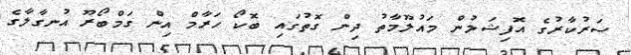
ސަރުކާރުގެ އޮފިޝަލުން މައުލޫމާތު ދިން ގޮތުގައި ބޮކޯ ހަރާމް އިން ގަމްބޯރޫ އުނގާލާގެ